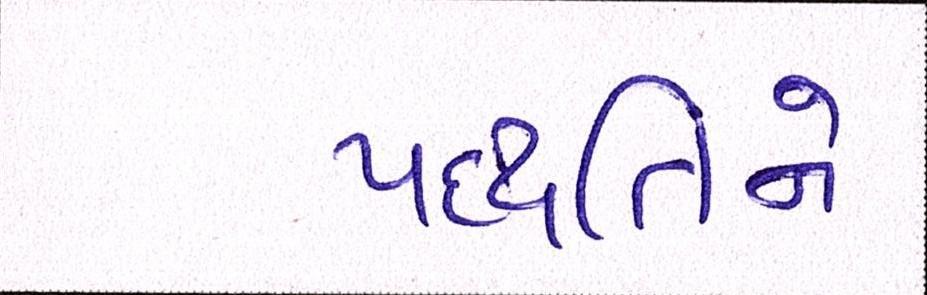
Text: પદ્ધતિને